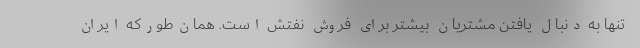
تنها به دنبال یافتن مشتریان بیشتر برای فروش نفتش است. همان‌طورکه ایران